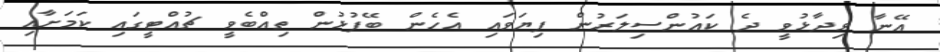
އޭނާ ވިދާޅުވީ ދެ ކައުންސިލަރުން ފިޔަވައި އެހެން ބޭފުޅުން ތިއްބެވީ ޗުއްޓީގައި ކަމަށާއި